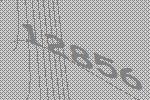
12856